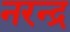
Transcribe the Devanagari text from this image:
नरन्द्र